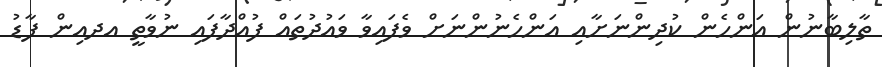
ތާލިބާނުން އަންހެން ކުދިންނަށާއި އަންހެނުންނަށް ވެފައިވާ ވައުދުތައް ފުއްދާފައި ނުވާތީ އދއިން ފާޑު